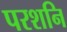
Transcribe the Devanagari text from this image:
परशनि